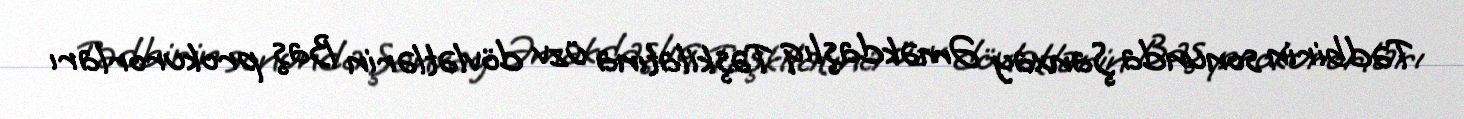
Tədbirin sonunda Şanxay Əməkdaşlıq Təşkilatına üzv dövlətlərin Baş prokurorları